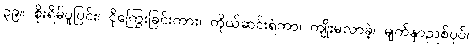
၃၉။ စိုးရိမ်ပူပြင်း၊ ငိုကြွေးခြင်းကား၊ ကိုယ်ဆင်းရဲကာ၊ ကျိုးမလာခဲ့၊ မျက်နှာညစ်ပုပ်၊